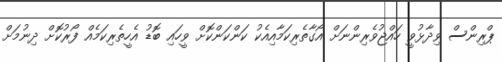
ޕްރިންސް ވިދާޅުވީ ހައްޖުވެރިންނަށް އޯގާތެރިކަމާއިއެކު ކަންކަންކޮށް ވީހައި ބޮޑު އެހީތެރިކަމެއް ފޯރުކޮށް ދިނުމަށް